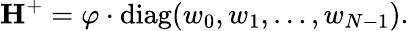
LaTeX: \mathbf{H}^{+}=\mathbf{\varphi}\cdot\mathrm{diag}(w_{0},w_{1},\dots,w_{N-1}).